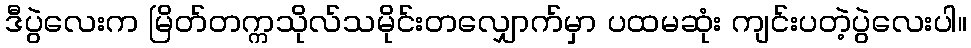
ဒီပွဲလေးက မြိတ်တက္ကသိုလ်သမိုင်းတလျှောက်မှာ ပထမဆုံး ကျင်းပတဲ့ပွဲလေးပါ။